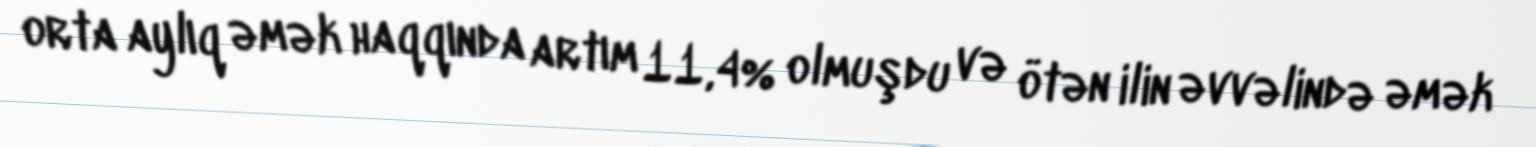
orta aylıq əmək haqqında artım 11,4% olmuşdu və ötən ilin əvvəlində əmək